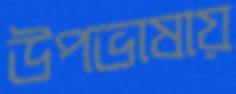
উপভাষায়